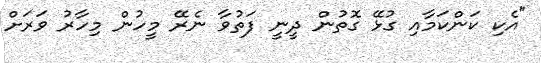
"އެކި ކަންކަމާއި ގުޅޭ ގޮތުން ދީނީ ފަތުވާ ނެރޭ މީހުން މިހާރު ވަރަށް